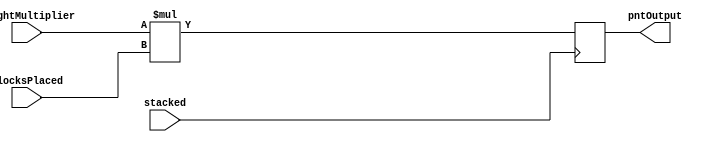
module PointAwarder(stacked, blocksPlaced, heightMultiplier, pntOutput);
  input stacked;
  input [1:0] blocksPlaced;
  input [2:0] heightMultiplier;
  output [4:0] pntOutput;

  reg [4:0] pntMul;
  always @ (posedge stacked) begin
    pntMul <= heightMultiplier * blocksPlaced;
  end

  assign pntOutput = pntMul;
endmodule